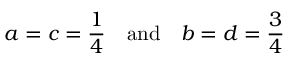
a = c = { \frac { 1 } { 4 } } \quad \mathrm { a n d } \quad b = d = { \frac { 3 } { 4 } }